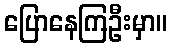
ပြောနေကြဦးမှာ။